Scientific memoirs by medical officers of the Army of India - Part III,
Year: 1887
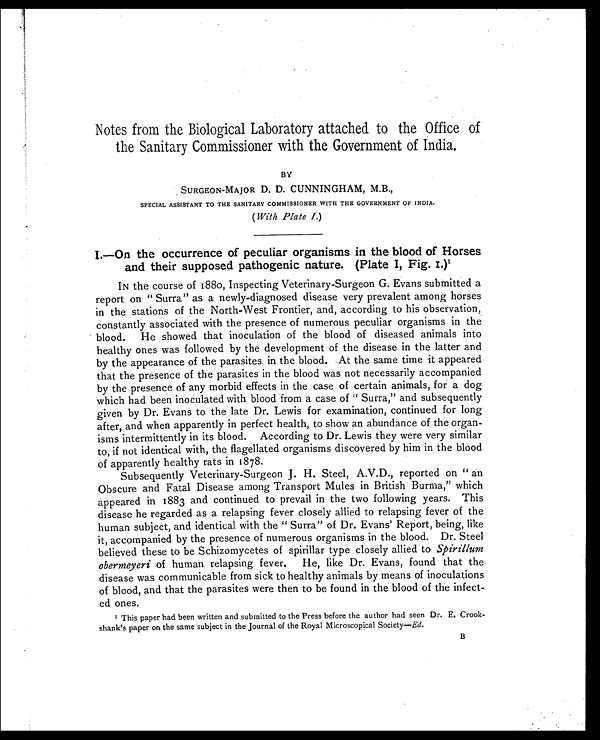
Notes from the Biological Laboratory attached to the Office of
the Sanitary Commissioner with the Government of India.
BY
SURGEON-MAJOR D. D. CUNNINGHAM, M.B.,
SPECIAL ASSISTANT TO THE SANITARY COMMISSIONER WITH THE GOVERNMENT OF INDIA.
(With Plate I.)
I.—On the occurrence of peculiar organisms in the blood of Horses
and their supposed pathogenic nature. (Plate I, Fig. I.)1
IN the course of 1880, Inspecting Veterinary-Surgeon G. Evans submitted a
report on " Surra" as a newly-diagnosed disease very prevalent among horses
in the stations of the North-West Frontier, and, according to his observation,
constantly associated with the presence of numerous peculiar organisms in the
blood. He showed that inoculation of the blood of diseased animals into
healthy ones was followed by the development of the disease in the latter and
by the appearance of the parasites in the blood. -At the same time it appeared
that the presence of the parasites in the blood was not necessarily accompanied
by the presence of any morbid effects in the case of certain animals, for a dog
which had been inoculated with blood from a case of " Surra," and subsequently
given by Dr. Evans to the late Dr. Lewis for examination, continued for long
after, and when apparently in perfect health, to show an abundance of the organ-
isms intermittently in its blood. According to Dr. Lewis they were very similar
to, if not identical with, the flagellated organisms discovered by him in the blood
of apparently healthy rats in 1878.
Subsequently Veterinary-Surgeon J . H. Steel, A.V.D., reported on " an
Obscure and Fatal Disease among Transport Mules in British Burma," which
appeared in 1883 and continued to prevail in the two following years. This
disease he regarded as a relapsing fever closely allied to relapsing fever of the
human subject, and identical with the " Surra" of Dr. Evans' Report, being, like
it, accompanied by the presence of numerous organisms in the blood. Dr. Steel
believed these to be Schizomycetes of spirillar type closely allied to Spirillum
obermeyeri of human relapsing fever. He, like Dr. Evans, found that the
disease was communicable from sick to healthy animals by means of inoculations
of blood, and that the parasites were then to be found in the blood of the infect-
ed ones.
1
This paper had been written and submitted to the Press before the author had seen Dr. E. Crook-
shank's paper on the same subject in the Journal of the Royal Microscopical Society— Ed.
B